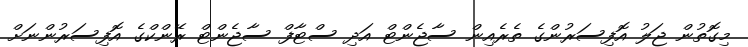
މިގޮތުން ޖަލު އޮފިސަރުންގެ ތެރެއިން ސާޖެންޓް އަދި ސްޓާފް ސާޖެންޓް ރޭންކްގެ އޮފިސަރުންނަށް